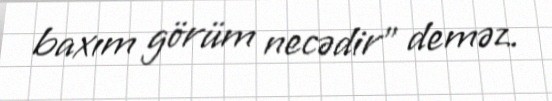
baxım görüm necədir” deməz.